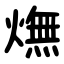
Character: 㷻